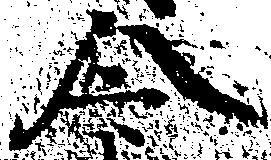
令